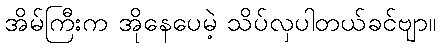
အိမ်ကြီးက အိုနေပေမဲ့ သိပ်လှပါတယ်ခင်ဗျာ။